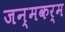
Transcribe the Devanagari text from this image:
जन्मकर्म